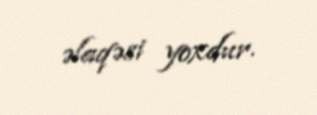
əlaqəsi yoxdur.